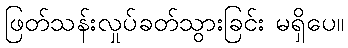
ဖြတ်သန်းလှုပ်ခတ်သွားခြင်း မရှိပေ။